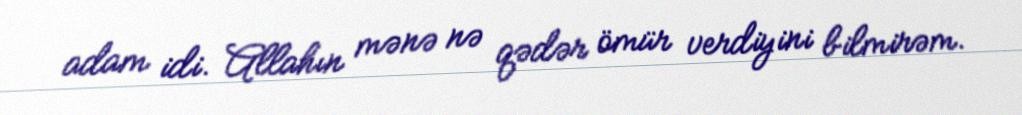
adam idi. Allahın mənə nə qədər ömür verdiyini bilmirəm.